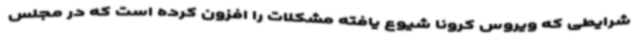
شرایطی که ویروس کرونا شیوع یافته مشکلات را افزون کرده است که در مجلس